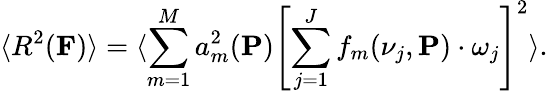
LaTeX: \langle R^{2}({\mathbf F})\rangle=\langle\sum_{m=1}^{M}a_{m}^{2}({\mathbf P})\left[\sum_{j=1}^{J}f_{m}(\nu_{j},{\mathbf P})\cdot\omega_{j}\right]^{2}\rangle.